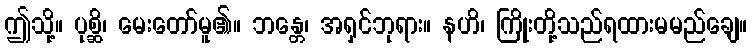
ဤသို့။ ပုစ္ဆိ၊ မေးတော်မူ၏။ ဘန္တေ၊ အရှင်ဘုရား။ နဟိ၊ ကြိုးတို့သည်ရထားမမည်ချေ။